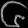
Digit: ၆